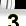
Digit: 3